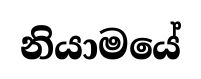
නියාමයේ